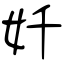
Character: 奷